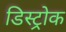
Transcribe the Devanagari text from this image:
डिस्ट्रोक